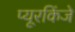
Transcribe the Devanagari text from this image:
प्यूरकिंजे